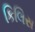
કિલિસ